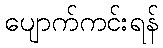
ပျောက်ကင်းရန်